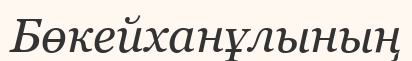
Бөкейханұлының